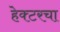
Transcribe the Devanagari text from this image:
हेक्टरचा